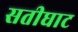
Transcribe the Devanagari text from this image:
सतीघाट